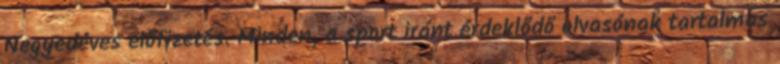
Negyedéves előfizetés. Minden, a sport iránt érdeklődő olvasónak tartalmas